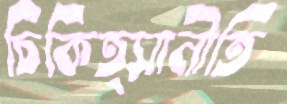
চিকিত্সানীতি